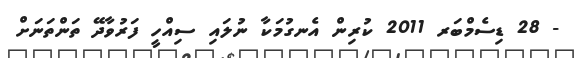
- 28 ޑިސެމްބަރ 2011 ކުރިން އެނގުމަކާ ނުލައި ސިއްހީ ފަރުވާދޭ ތަންތަނަށް